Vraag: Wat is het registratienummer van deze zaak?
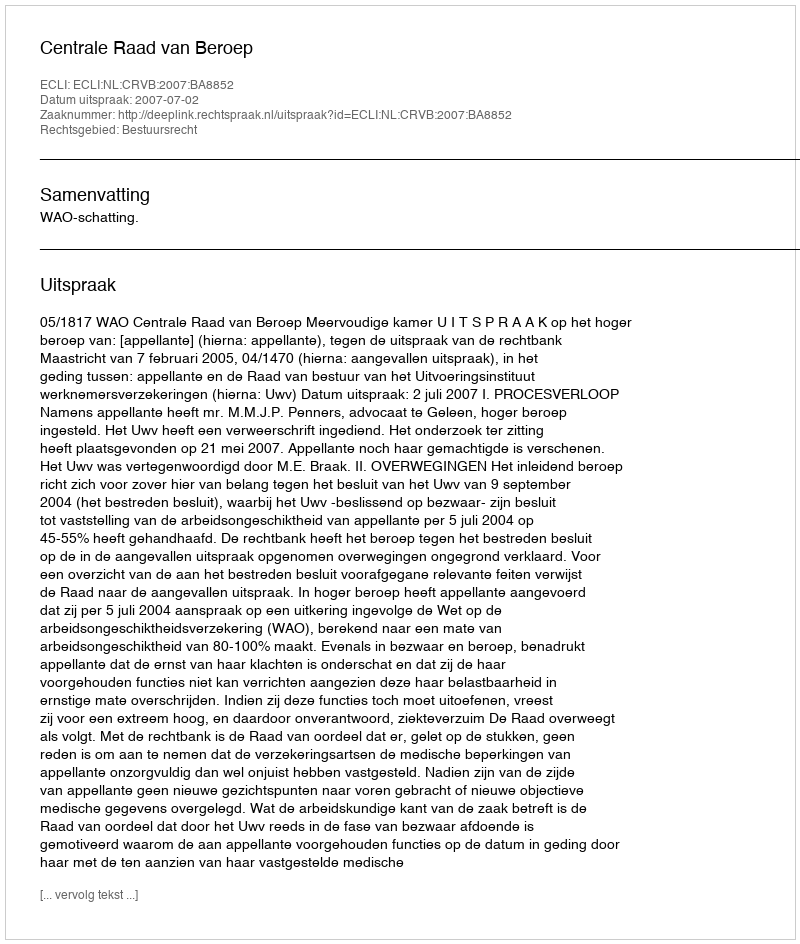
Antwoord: http://deeplink.rechtspraak.nl/uitspraak?id=ECLI:NL:CRVB:2007:BA8852